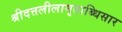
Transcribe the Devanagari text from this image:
श्रीदत्तलीलामृताब्धिसार